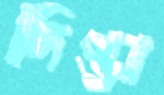
দিপ্তা